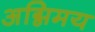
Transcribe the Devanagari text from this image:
अग्निमय